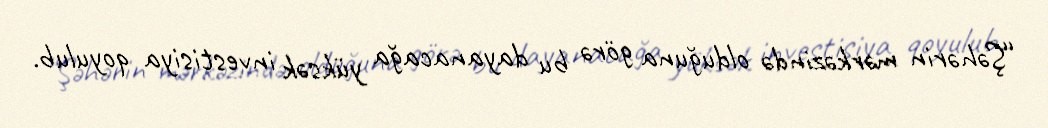
“Şəhərin mərkəzində olduğuna görə bu dayanacağa yüksək investisiya qoyulub.